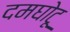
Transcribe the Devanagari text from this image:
दमघोटू